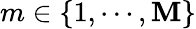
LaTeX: m\in\{ 1,\cdots,\mathbf{M}\}